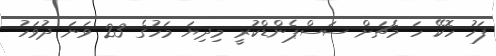
ފަހު ހޮކޭ ހަ މެޗަށް ސަސްޕެންޑްކުރީ މިދިޔަ މަހުގެ 23 ވަނަ ދުވަހު